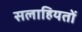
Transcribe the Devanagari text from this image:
सलाहियतों